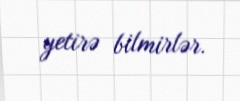
yetirə bilmirlər.